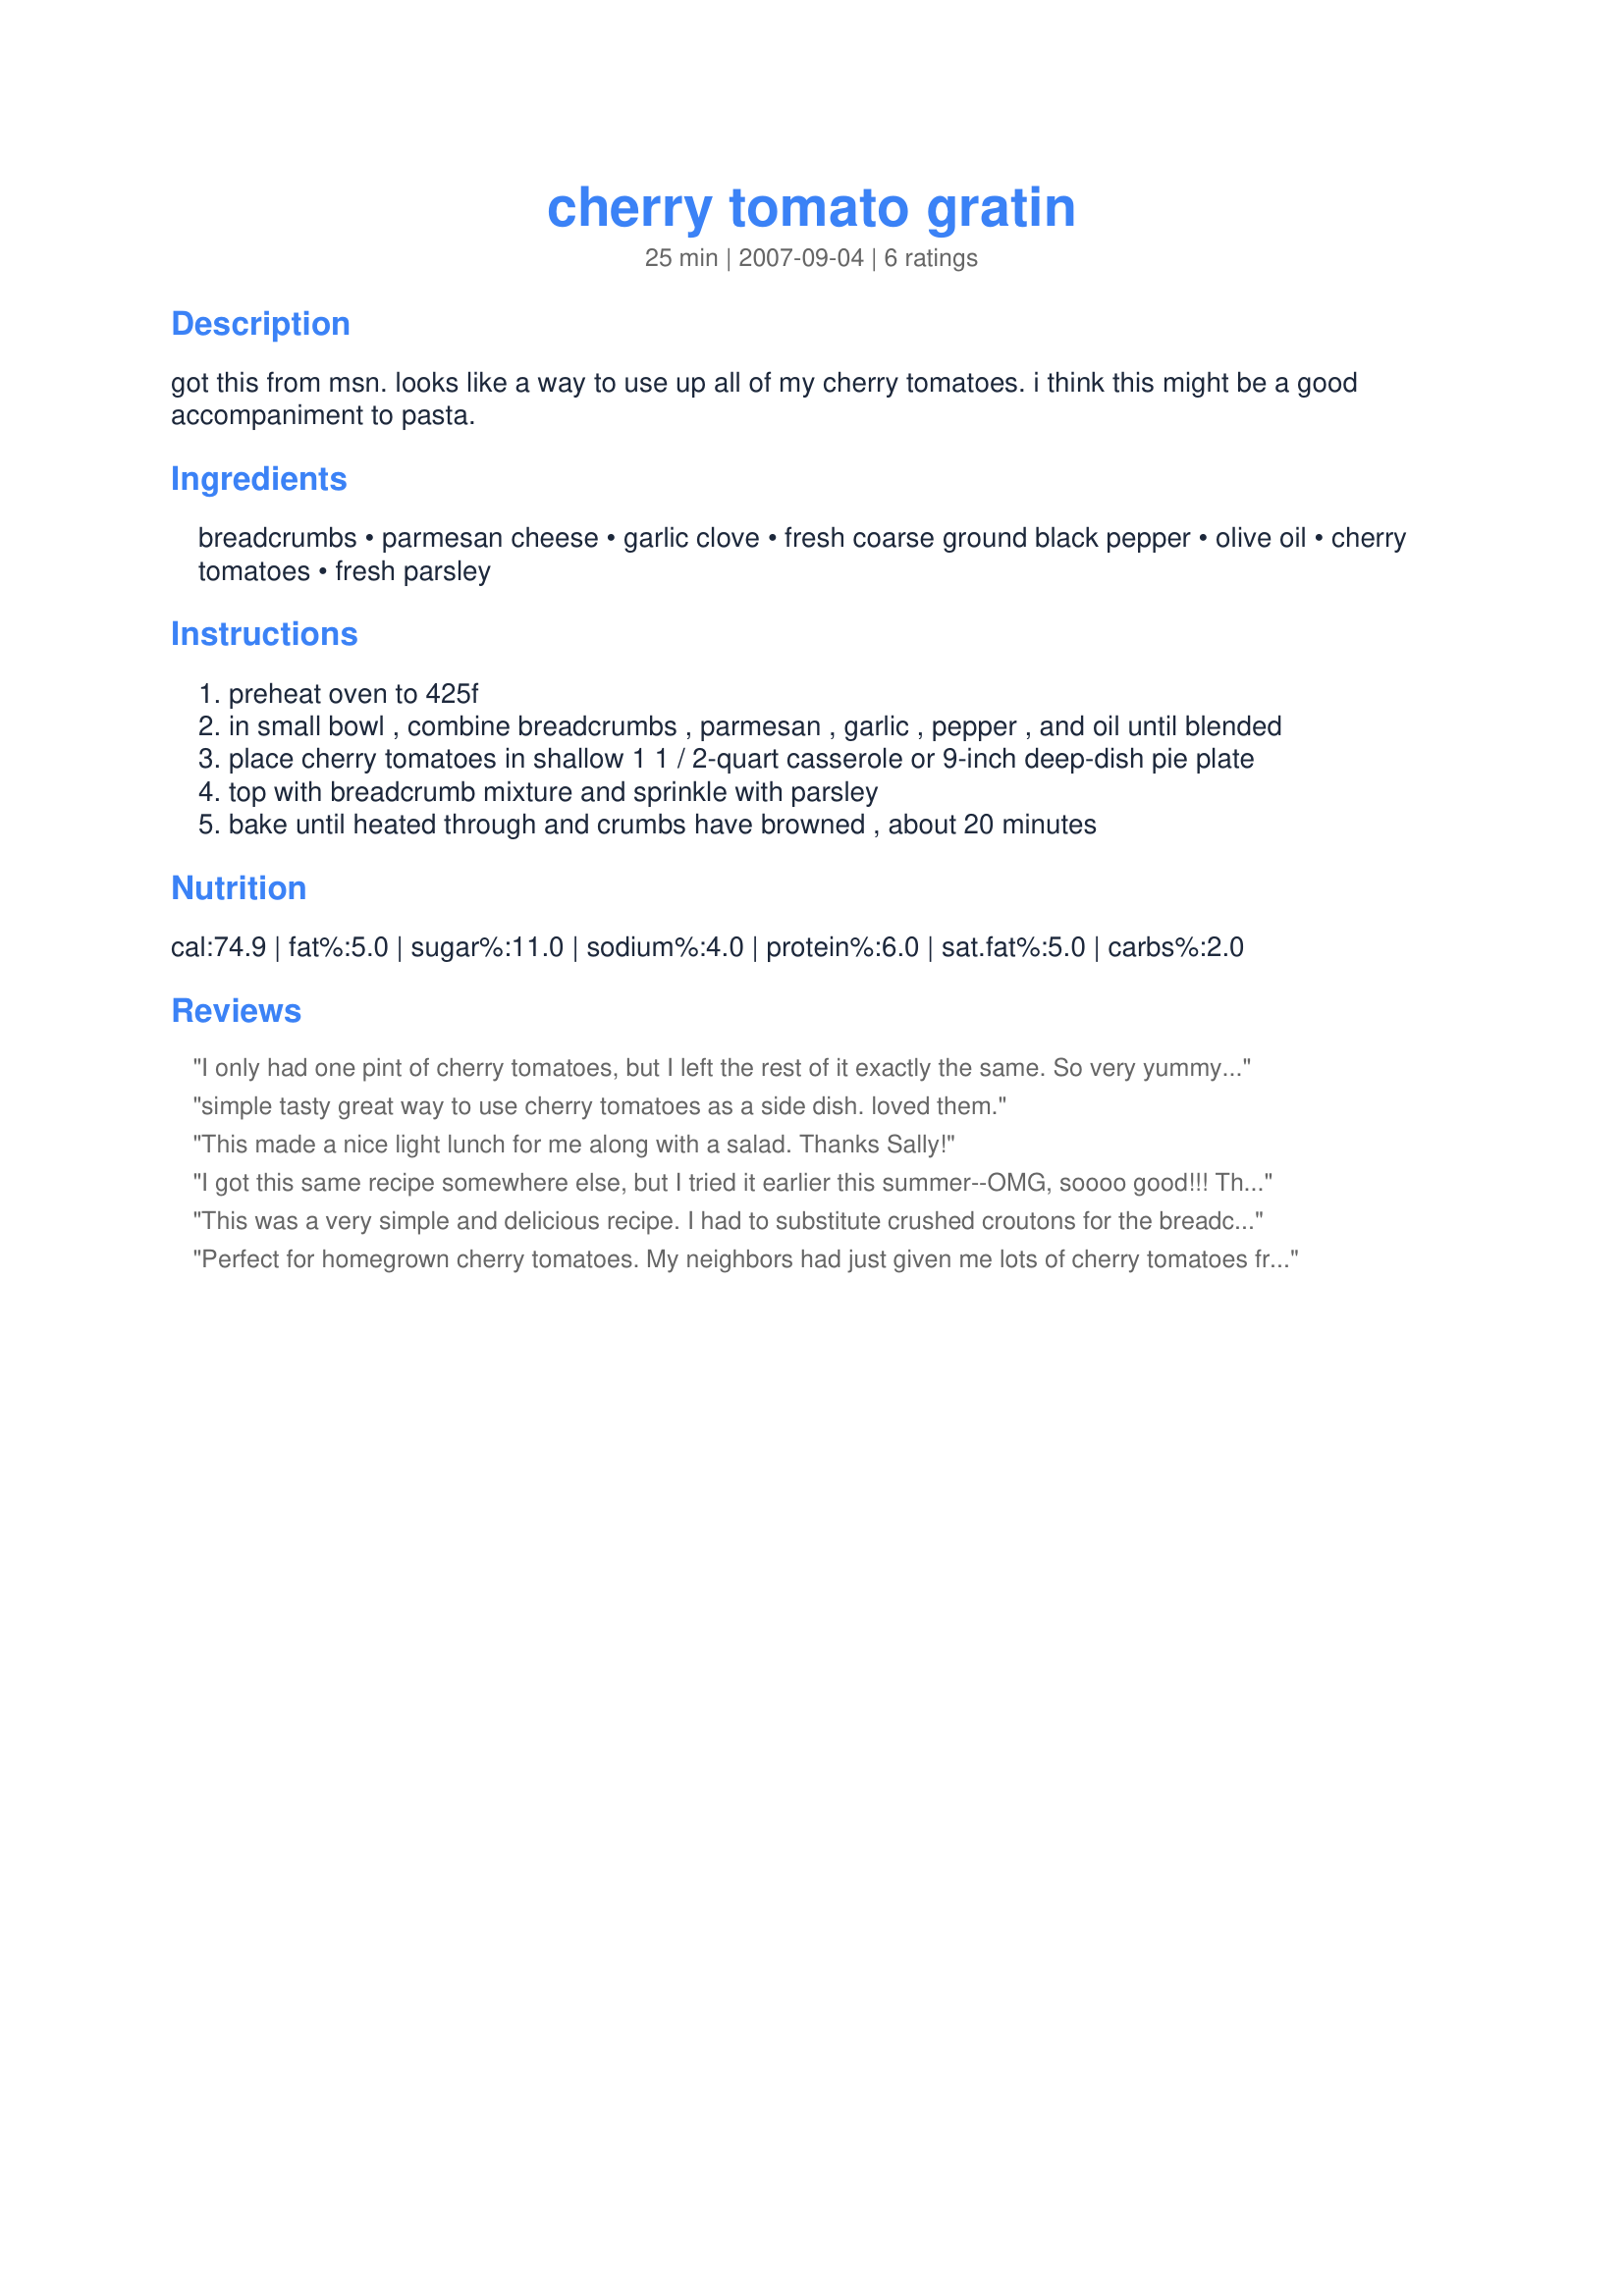
cherry tomato gratin
Preparation time: 25 minutes

got this from msn. looks like a way to use up all of my cherry tomatoes. i think this might be a good accompaniment to pasta.

Ingredients:
breadcrumbs, parmesan cheese, garlic clove, fresh coarse ground black pepper, olive oil, cherry tomatoes, fresh parsley

Steps:
preheat oven to 425f
in small bowl , combine breadcrumbs , parmesan , garlic , pepper , and oil until blended
place cherry tomatoes in shallow 1 1 / 2-quart casserole or 9-inch deep-dish pie plate
top with breadcrumb mixture and sprinkle with parsley
bake until heated through and crumbs have browned , about 20 minutes

Reviews:
I only had one pint of cherry tomatoes, but I left the rest of it exactly the same. So very yummy! Thanks for the recipe. I plan on using the cheese, herbs, garlic, and olive oil for garlic bread.
simple tasty great way to use cherry tomatoes as a side dish. loved them.
This made a nice light lunch for me along with a salad. Thanks Sally!
I got this same recipe somewhere else, but I tried it earlier this summer--OMG, soooo good!!! This was my favorite way that I fixed cherry tomatoes this year.
This was a very simple and delicious recipe. I had to substitute crushed croutons for the breadcrumbs and I omitted the parsley and it turned out great. My kids loved it.
Perfect for homegrown cherry tomatoes. My neighbors had just given me lots of cherry tomatoes from their garden, so I was happy to use them in this recipe. I cut each tomato in half and placed them in the baking dish cut-side up. The roasted so nicely and got so sweet. I'm not sure this would work as well with supermarket tomatoes. So, if you have a cherry tomato plant, use this recipe while you got 'em! Thanx for the recipe!
